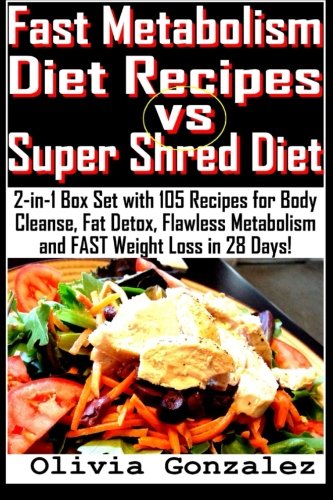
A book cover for Fast Metabolism Diet Recipes vs. Super Shred Diet: 2-in-1 Box Set with 105 Recipes for Body Cleanse, Fat Detox, Flawless Metabolism and FAST Weight Loss in 28 Days!; Olivia Gonzalez; Cookbooks, Food & Wine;